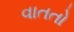
વાતતો